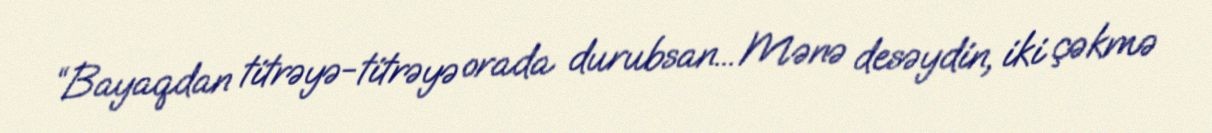
“Bayaqdan titrəyə-titrəyə orada durubsan... Mənə desəydin, iki çəkmə